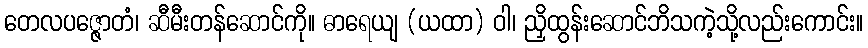
တေလပဇ္ဇောတံ၊ ဆီမီးတန်ဆောင်ကို။ ဓာရေယျ (ယထာ) ဝါ၊ ညှိထွန်းဆောင်ဘိသကဲ့သို့လည်းကောင်း။